Document type: Emphyteutic lease
Year: 1283
Scribe: Pere Marquès
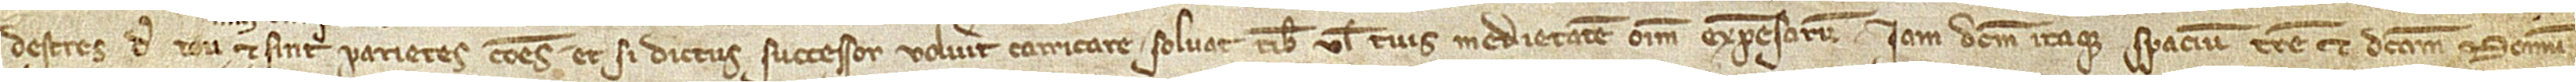
destres de tou,  et sint parietes comunes. Et si dictus successor voluerit carricare, solvat tibi vel tuis medietatem omni expensarum. Iam dictum itaque spacium terre et dictam domum